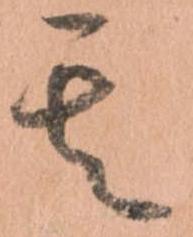
其